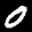
Label: 0